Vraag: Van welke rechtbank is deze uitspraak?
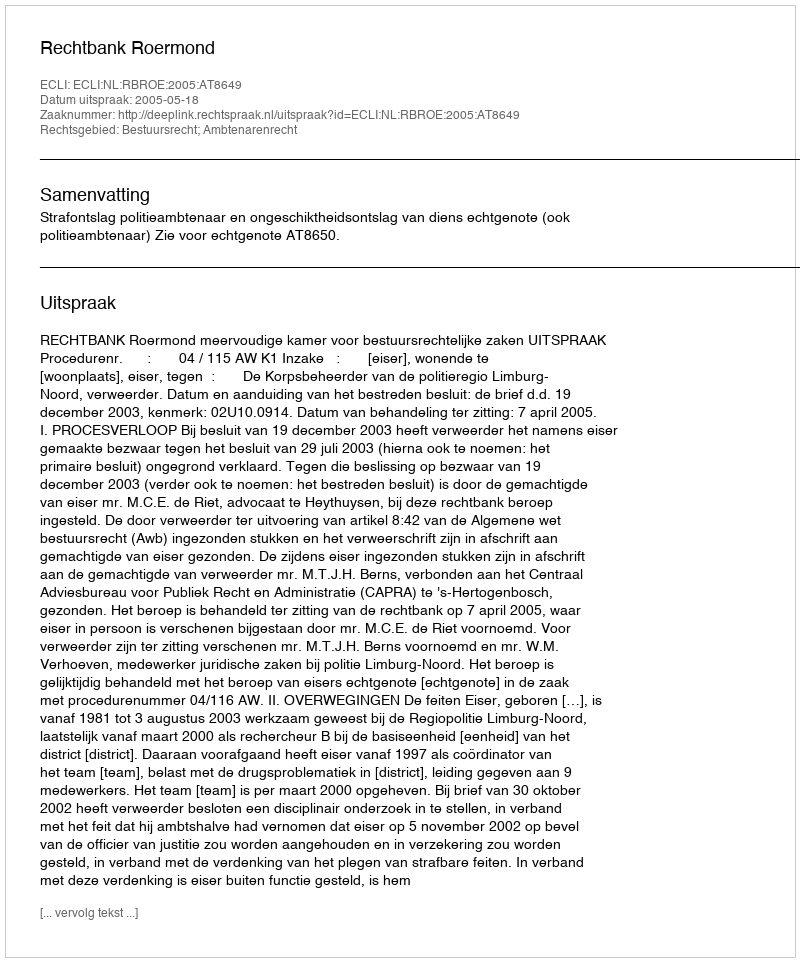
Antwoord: Rechtbank Roermond